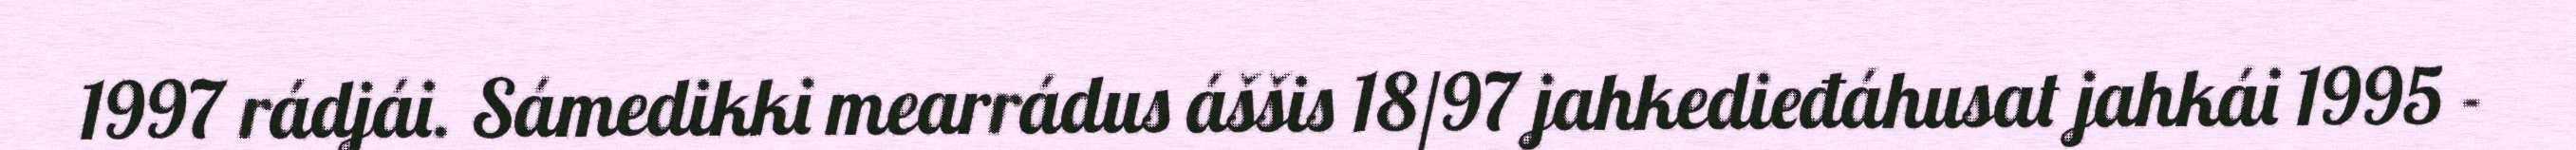
1997 rádjái. Sámedikki mearrádus áššis 18/97 jahkedieđáhusat jahkái 1995 -